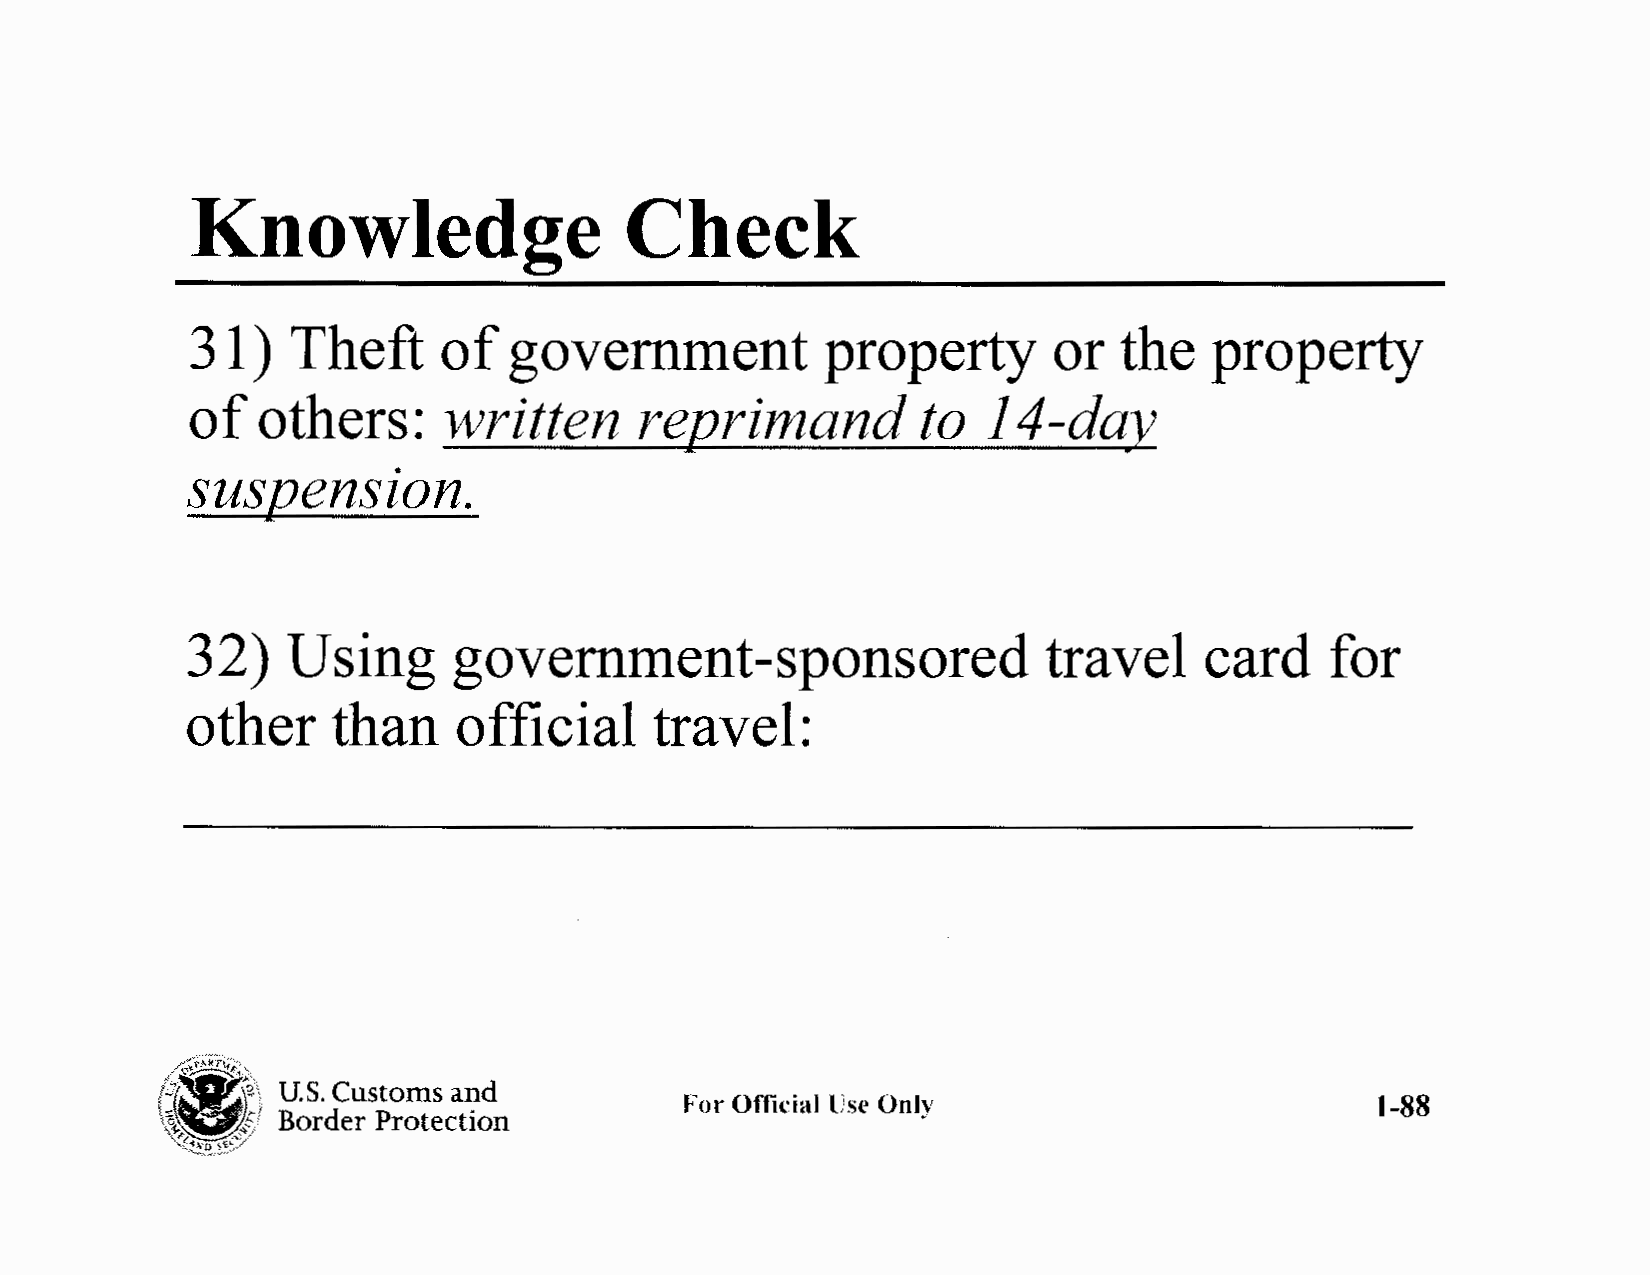
Knowledge                   Check
 31)   Theft     of   government           property       or  the   property
 of  others:     written      reJJrimand         to  14-dar
 susJJensz•     on  .
 32)    Using      government-sponsored                   travel     card    for
 other     than    official     travel:
 ~-f
 /--<J~,;
 /;;A"RT.v"-,,
 /..,~ ~\ U.S. Customs and
 For Official Use Only                         1-88
 Border Protection
 ,!~ !!~-2,~:S
 f